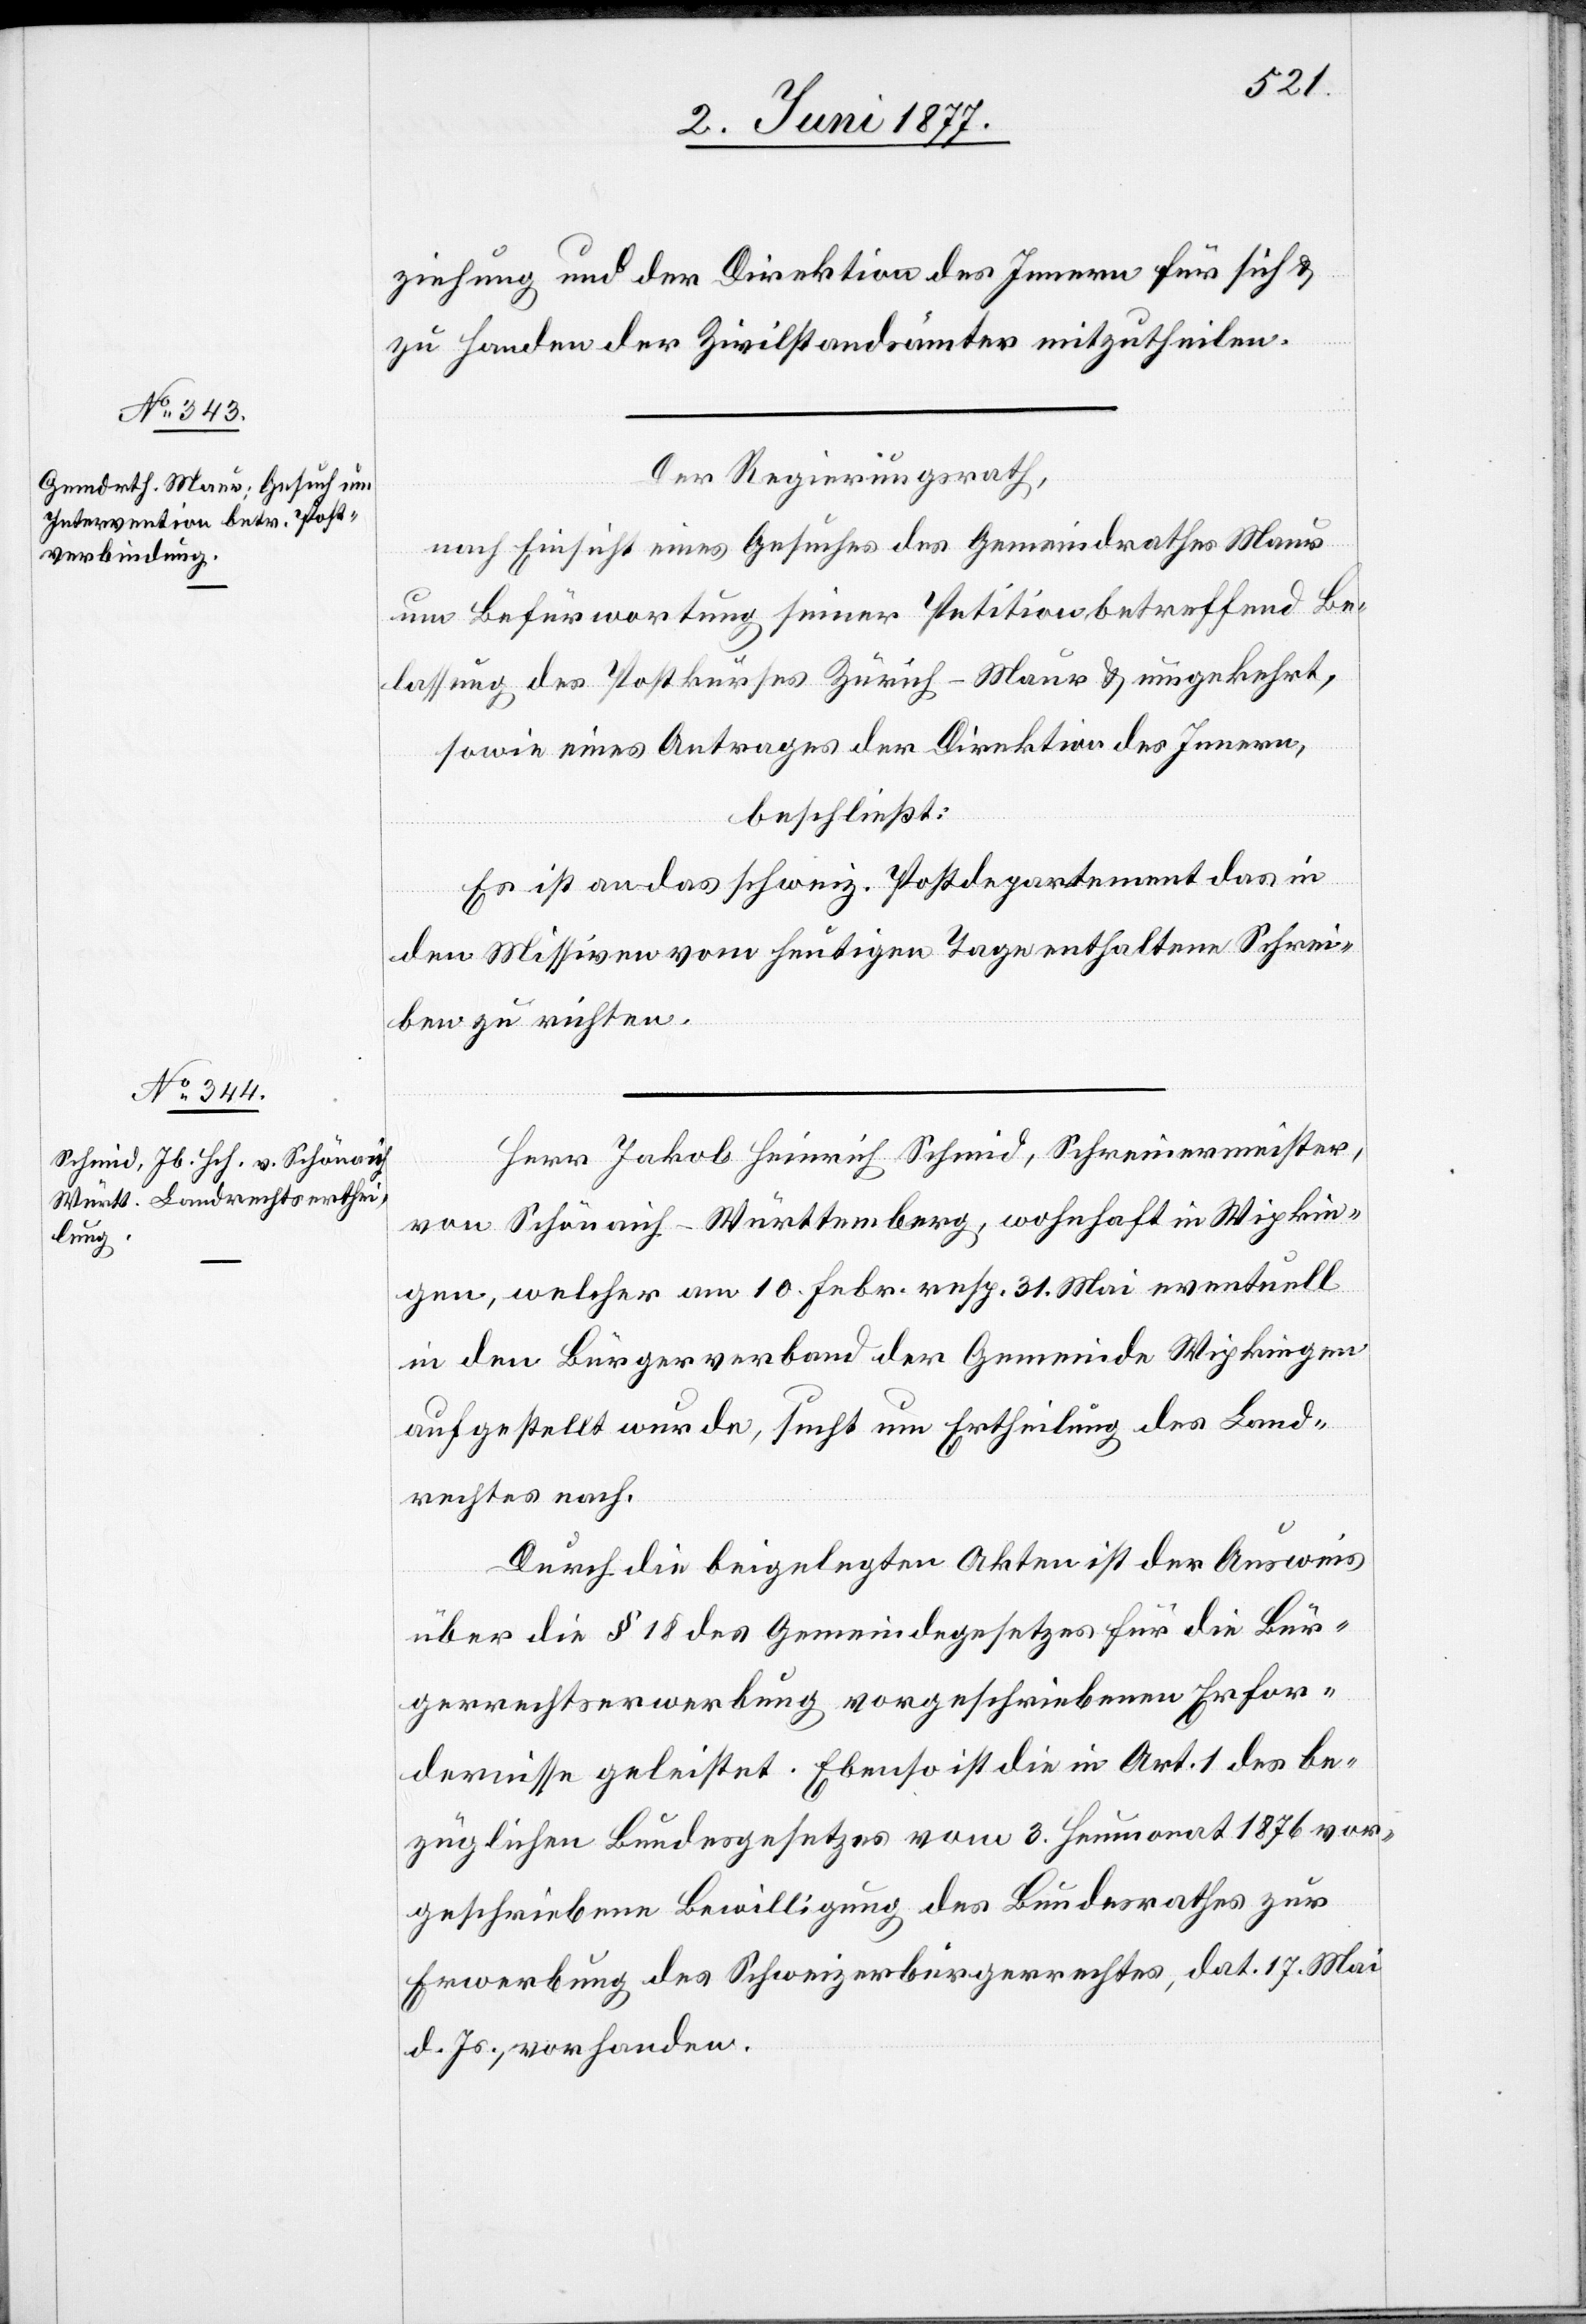
ziehung und der Direktion für sich & zu Handen
Der Regierungsrath,
nach Einsicht eines Gesuches des Gemeindrathes Maur
um Befürwortung seiner Petition betreffend Be¬
lassung des Postkurses Zürich–Maur & umgekehrt,
sowie eines Antrages der Direktion des Innern,
der
beschließt:
Es ist an das schweiz. Postdepartement das in
den Missiven vom heutigen Tage enthaltene Schrei¬
ben zu richten.
Herr Jakob Heinrich Schmid, Schreinermeister,
von Schönaich - Württemberg, wohnhaft in Wipkin¬
gen, welcher am 10. Febr. resp. 31 Mai eventuell
in den Bürgerverband der Gemeinde Wipkingen
aufgestellt wurde, sucht um Ertheilung des Land¬
rechtes nach.
Durch die beigelegten Akten ist der Ausweis
über die [in] § 18 des Gemeindegesetzes für die Bür¬
gerrechtserwerbung vorgeschriebenen Erfor¬
dernisse geleistet. Ebenso ist die in Art. 1 des be¬
züglichen Bundesgesetzes vom 3. Heumonat 1876 vor¬
geschriebene Bewilligung des Bundesrathes zur
Erwerbung des Schweizerbürgerrechtes, dat. 17. Mai
d. Js., vorhanden.